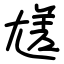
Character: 㞉